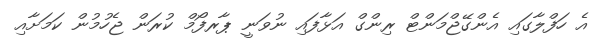
އެ ހަފްލާގައި އެންގޭޖްމަންޓް ރިންގް އަޅާފައި ނުވަނީ ޕާރފޯމް ކުރަން ޖެހުމުން ކަމަށާއި